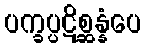
ပက္ခပ္ပဋိစ္ဆန္နံပေ